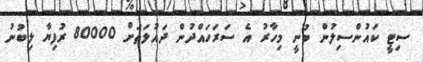
ސިޓީ ކައުންސިލުން ބުނީ މިހާރު އެ ސަރަހައްދުން ދައުލަތަށް 80000 ރުފިޔާ ލިބުނު